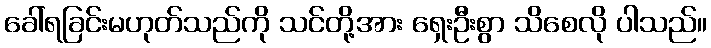
ခေါ်ရခြင်းမဟုတ်သည်ကို သင်တို့အား ရှေးဦးစွာ သိစေလို ပါသည်။